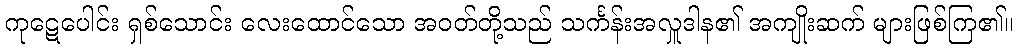
ကုဋေပေါင်း ရှစ်သောင်း လေးထောင်သော အဝတ်တို့သည် သင်္ကန်းအလှူဒါန၏ အကျိုးဆက် များဖြစ်ကြ၏။